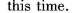
this time.